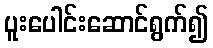
ပူးပေါင်းဆောင်ရွက်၍